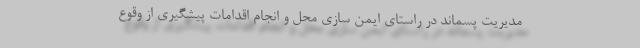
مدیریت پسماند در راستای ایمن سازی محل و انجام اقدامات پیشگیری از وقوع